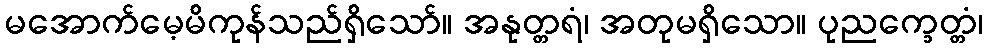
မအောက်မေ့မိကုန်သည်ရှိသော်။ အနုတ္တရံ၊ အတုမရှိသော။ ပုညက္ခေတ္တံ၊